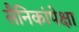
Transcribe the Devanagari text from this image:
सैनिकांपेक्षा